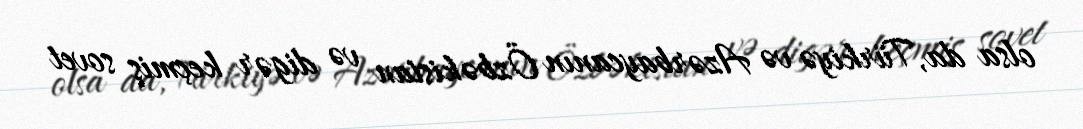
olsa da, Türkiyə və Azərbaycanın Özbəkistan və digər keçmiş sovet